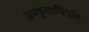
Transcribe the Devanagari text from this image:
उपकुलाधिपति